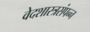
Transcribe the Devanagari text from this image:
वेदशास्त्रसंपन्‍न